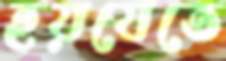
হয়যেতে